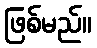
ဖြစ်မည်။